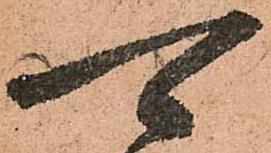
可